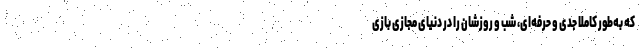
که به‌طور کاملا جدی و حرفه‌ای، شب و روزشان را در دنیای مجازی بازی